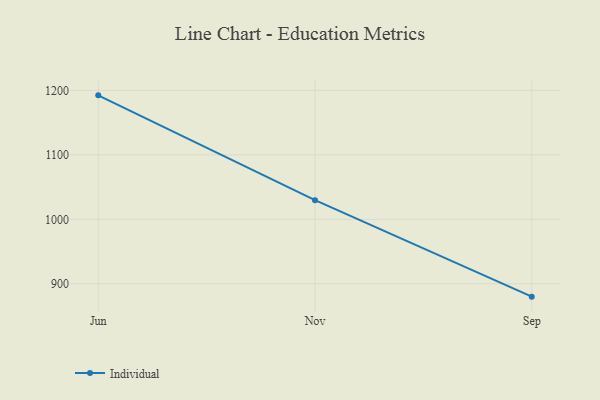
{"axis": {"x": "Month", "y": "LTV (USD)"}, "legend": ["Individual"], "data": [{"x": "Jun", "y": 1192.2, "type": "Individual"}, {"x": "Nov", "y": 1029.7, "type": "Individual"}, {"x": "Sep", "y": 880.1, "type": "Individual"}]}